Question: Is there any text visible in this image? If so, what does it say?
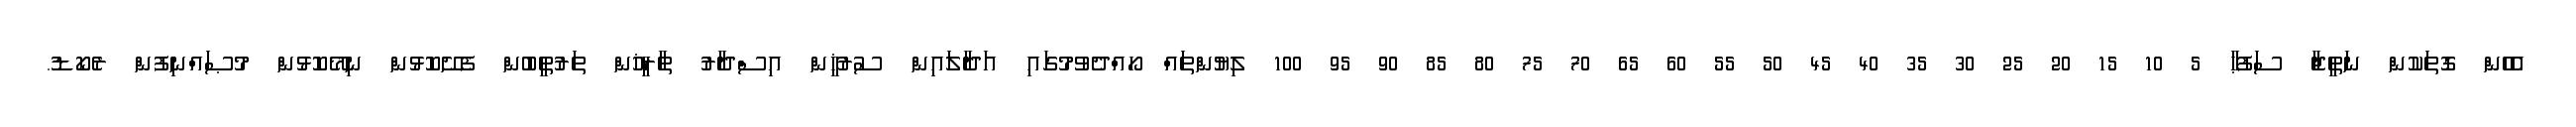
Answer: އެހެން ގޮތަކުން ނަތީޖާ ސަފުޙާ 5 10 15 20 25 30 35 40 45 50 55 60 65 70 75 80 85 90 95 100 ލިޔުންތައް ހޯއްދެވުމުގައި އަދާލައިން ސުރުޚީން އިސްދާރު ތާރީޚުން ތަރުތީބުން ފެށޭކޮޅުން ނިމޭކޮޅުން މުޞައްނިފުން ރެކޯޑު.